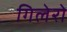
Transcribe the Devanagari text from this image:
गिलेरो